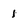
Character: 1